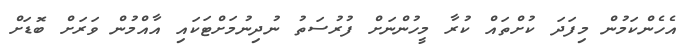
އެހެންކަމުން މިފަދަ ކުށްތައް ކުރާ މީހުންނަށް ފުރުސަތު ނުދިނުމަށްޓަކައި އާއްމުން ވަރަށް ބޮޑަށް